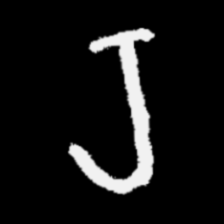
Pyu character \u2014 Myanmar letter: ရ (romanized: ra)